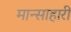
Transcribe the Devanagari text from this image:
मान्साहारी